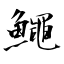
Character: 鱦